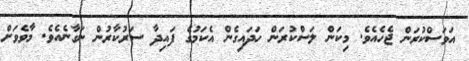
އަވަސްކުރަން ޖެހެއެވެ. މިކަން ލަސްކުރަން ހަދައިގެން އެކަމުގެ ފައިދާ ސަރުކާރުން ނަގާނެއެވެ. މާވެވަށް